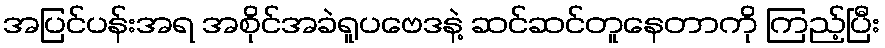
အပြင်ပန်းအရ အစိုင်အခဲရူပဗေဒနဲ့ ဆင်ဆင်တူနေတာကို ကြည့်ပြီး